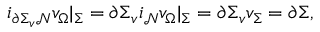
i _ { \partial \Sigma _ { v } \mathcal { N } } v _ { \Omega } | _ { \Sigma } = \partial \Sigma _ { v } i _ { \mathcal { N } } v _ { \Omega } | _ { \Sigma } = \partial \Sigma _ { v } v _ { \Sigma } = \partial \Sigma ,